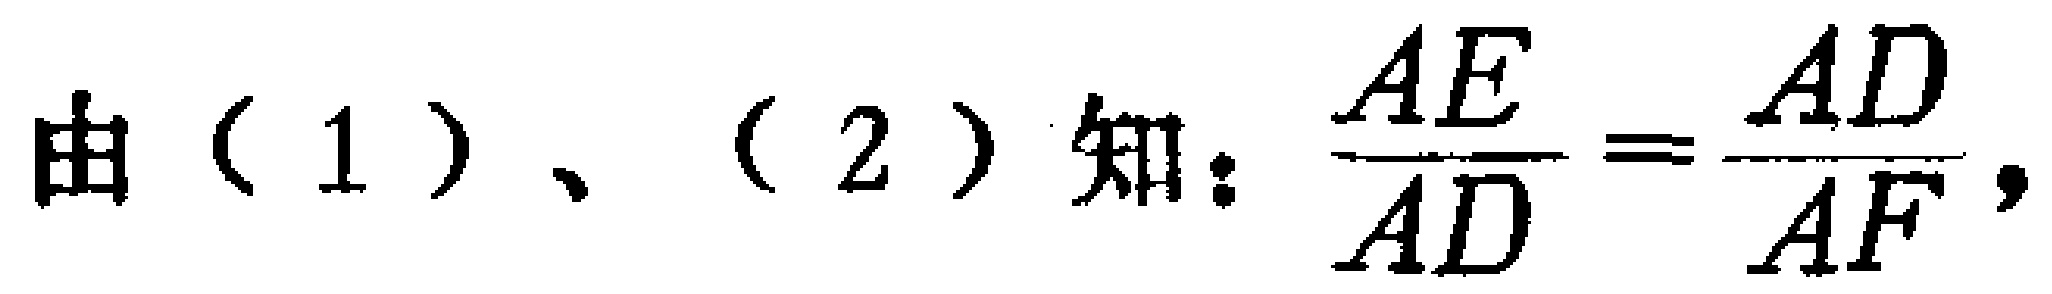
由（1）、（2）知：\(\frac{AE}{AD}=\frac{AD}{AF}\)，